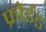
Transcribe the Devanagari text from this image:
फ्रोईड